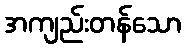
အကျည်းတန်သော